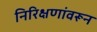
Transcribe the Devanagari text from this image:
निरिक्षणांवरून